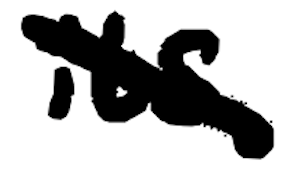
Text: its
Cross-out: diagonal
Writing tool: digital_black